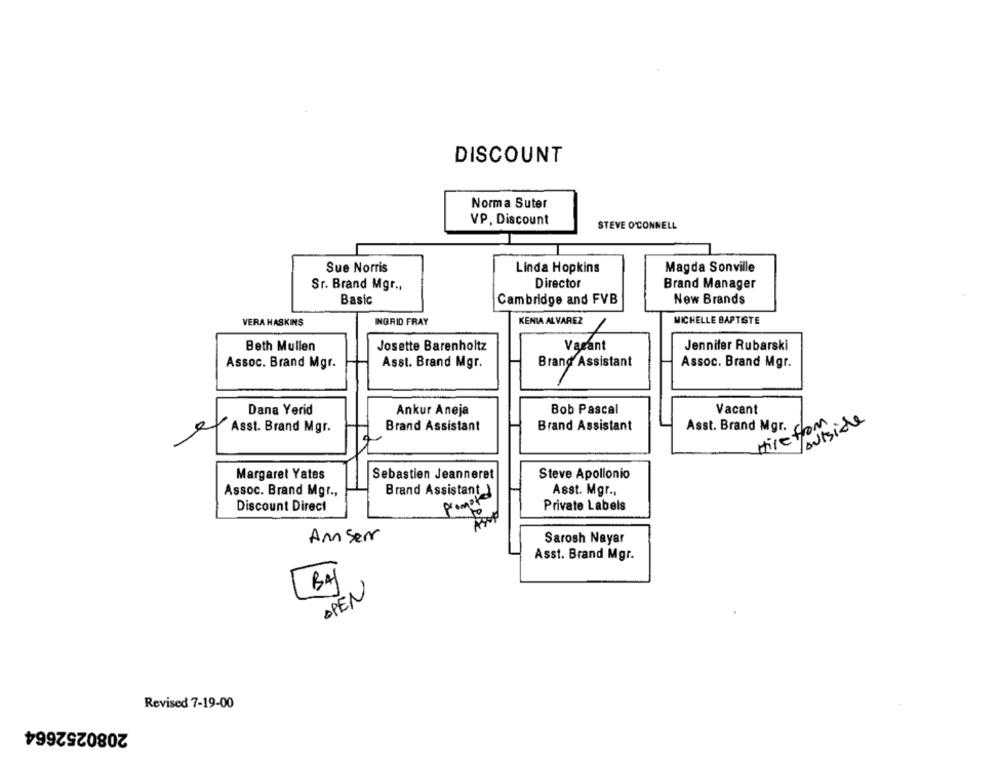
DISCOUNT
Norma Suter
VP. Discount
STEVE O'CONNELL
Sue Norris
Linda Hopkins
Magda Sonville
Sr. Brand Mgr .,
Director
Brand Manager
Basic
Cambridge and FVB
New Brands
MICHELLE BAPTISTE
VERA HASKINS
INGRID FRAY
KENIA ALVAREZ
Beth Mullen
Josette Barenholtz
Vagant
Jennifer Rubarski
Assoc. Brand Mgr.
Asst. Brand Mgr.
Brand Assistant
Assoc. Brand Mgr.
Dana Yerid
Ankur Aneja
Bob Pascal
Vacant
Brand Assistant
Brand Assistant
Asst. Brand Mgr.
Hire from
Voutside
Asst. Brand Mgr.
Margaret Yates
Sebastien Jeanneret
Steve Apollonio
Assoc. Brand Mgr .,
Brand Assistant
Asst. Mgr .,
Discount Direct
pranger
Private Labels
Anser
Sarosh Nayar
Asst. Brand Mgr.
BAJ
OPEN
Revised 7-19-00
2080252664